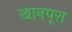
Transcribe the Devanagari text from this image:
खानपूरा